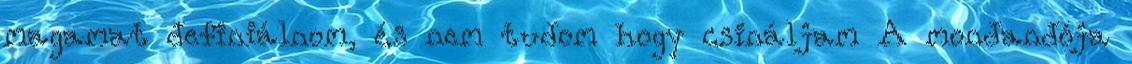
magamat definiálnom, és nem tudom hogy csináljam A mondandója